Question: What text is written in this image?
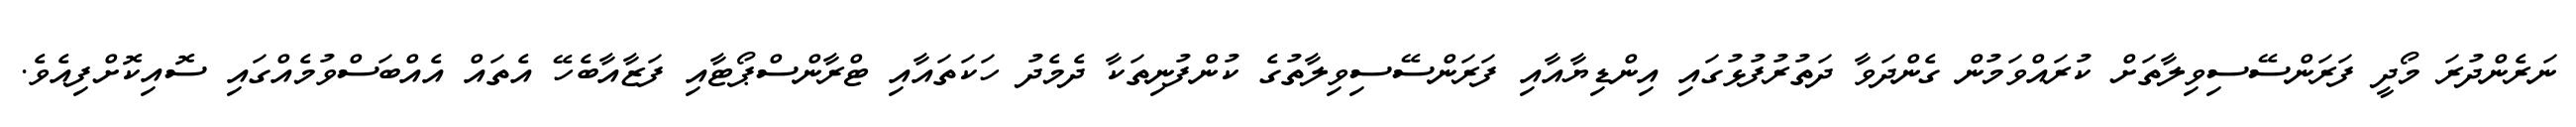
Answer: ނަރެންދުރަ މޯދީ ފަރަންސޭސިވިލާތަށް ކުރައްވަމުން ގެންދަވާ ދަތުރުފުޅުގައި އިންޑިޔާއާއި ފަރަންސޭސިވިލާތުގެ ކުންފުނިތަކާ ދެމެދު ހަކަތައާއި ޓްރާންސްޕޯޓާއި ފަޒާއާބެހޭ އެތައް އެއްބަސްވުމެއްގައި ސޮއިކޮށްފިއެވެ.